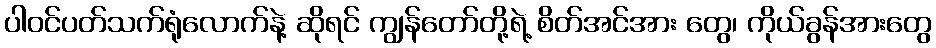
ပါဝင်ပတ်သက်ရုံလောက်နဲ့ ဆိုရင် ကျွန်တော်တို့ရဲ့ စိတ်အင်အား တွေ၊ ကိုယ်ခွန်အားတွေ